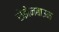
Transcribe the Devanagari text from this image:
रोझेनबाउम